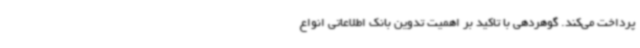
پرداخت می‌کند. گوهردهی با تاکید بر اهمیت تدوین بانک اطلاعاتی انواع